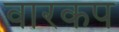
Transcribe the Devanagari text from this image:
वारकप